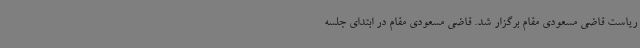
ریاست قاضی مسعودی مقام برگزار شد. قاضی مسعودی مقام در ابتدای جلسه